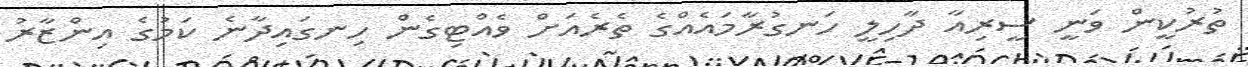
ތުރުކީން ވަނީ ސީރިއާ ދާހިލީ ހަނގުރާމައެއްގެ ތެރެއަށް ވެއްޓިގެން ހިނގައިދާނެ ކަމުގެ އިންޒާރު